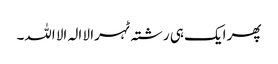
پھر ایک ہی رشتہ ٹہرا لا الہ الا اللہ۔